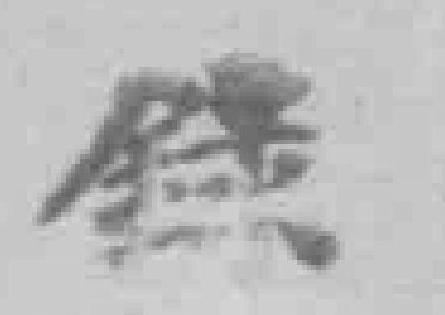
錄